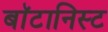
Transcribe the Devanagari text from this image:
बाॅटानिस्ट